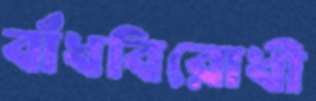
বাঁধবিরোধী